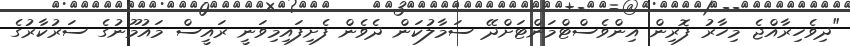
"ދިވެހިރާއްޖެ މިހާރު ފޮރިން އިންވެސްޓްމަންޓަށްދޭ ސަމާލުކަން ދެވެން ފެށިފައިމިވަނީ ރައީސް މައުމޫނުގެ ސަރުކާރުގެ